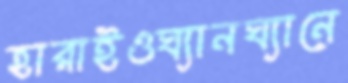
হারাইওঘ্যানঘ্যানে